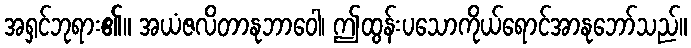
အရှင်ဘုရား၏။ အယံဇလိတာနုဘာဝေါ၊ ဤထွန်းပသောကိုယ်ရောင်အာနုဘော်သည်။